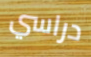
دراسي